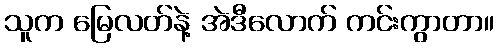
သူက မြေလတ်နဲ့ အဲဒီလောက် ကင်းကွာတာ။